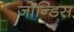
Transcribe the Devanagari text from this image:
जोन्डिस